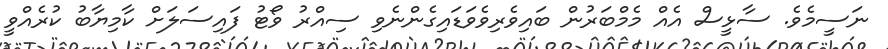
ނަސީމެވެ. ސާޅީސް އެއް މެމްބަރުން ބައިވެރިވެވަޑައިގެންނެވި ސިއްރު ވޯޓު ފައިސަލަށް ކާމިޔާބު ކުރެއްވީ